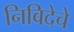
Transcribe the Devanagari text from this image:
निविदेचे